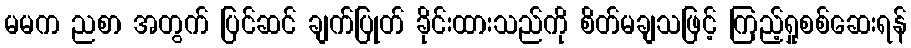
မမက ညစာ အတွက် ပြင်ဆင် ချက်ပြုတ် ခိုင်းထားသည်ကို စိတ်မချသဖြင့် ကြည့်ရှုစစ်ဆေးရန်